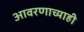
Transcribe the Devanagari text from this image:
आवरणाच्याही